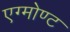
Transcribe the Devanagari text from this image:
एग्मोण्ट